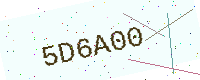
Text: 5D6A00